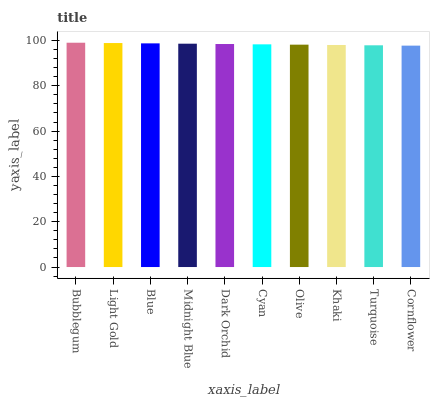
| xaxis_label | bars |
 | --- | --- |
 | Bubblegum | 99 |
 | Light Gold | 98.9 |
 | Blue | 98.7 |
 | Midnight Blue | 98.6 |
 | Dark Orchid | 98.4 |
 | Cyan | 98.3 |
 | Olive | 98.1 |
 | Khaki | 98 |
 | Turquoise | 97.9 |
 | Cornflower | 97.7 |